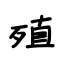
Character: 殖